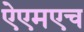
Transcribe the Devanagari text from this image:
ऐएमएच